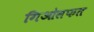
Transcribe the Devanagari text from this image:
गिओसफत